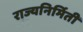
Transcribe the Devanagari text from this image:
राज्यनिर्मिती